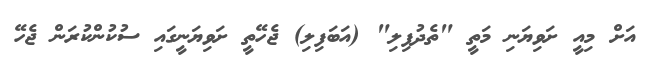
އަށް މިއީ ށަވިޔަނި މަތީ "ތެދުފިލި" (އަބަފިލި) ޖެހޭތީ ށަވިޔަނީގައި ސުކުންކުރަން ޖެހޭ